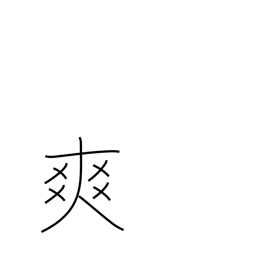
Meaning: resonant